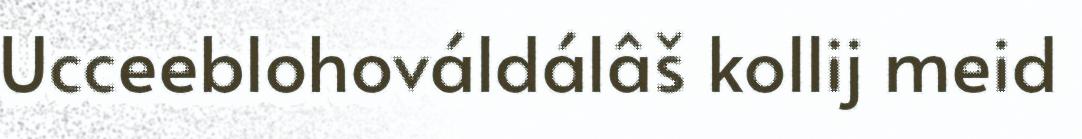
Ucceeblohováldálâš kollij meid